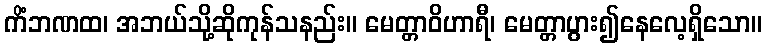
ကိံဘဏထ၊ အဘယ်သို့ဆိုကုန်သနည်း။ မေတ္တာဝိဟာရီ၊ မေတ္တာပွား၍နေလေ့ရှိသော။